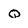
Character: Q